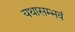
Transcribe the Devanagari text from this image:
यथासम्भवं